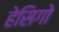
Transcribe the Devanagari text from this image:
हेसिगो